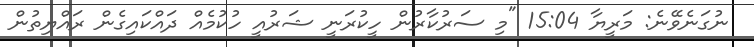
ނުގަނެވޭނެ: މަރީޔާ 15:04 "މި ސަރުކާރުން ހީކުރަނީ ޝަރުއީ ހުކުމެއް ދައްކައިގެން ރައްޔިތުން